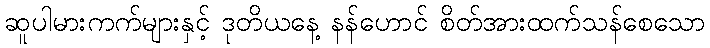
ဆူပါမားကက်များနှင့် ဒုတိယနေ့ နန်ဟောင် စိတ်အားထက်သန်စေသော